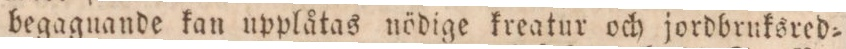
begaguande kan upplåtas nödige kreatur och jordbruksred=